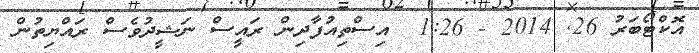
އޮކްޓޯބަރު 26